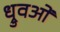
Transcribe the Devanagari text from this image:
ध्रुवओं